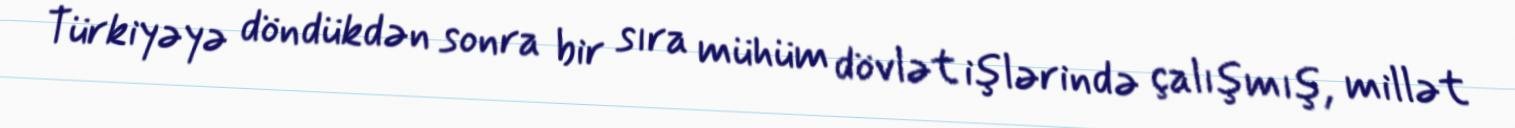
Türkiyəyə döndükdən sonra bir sıra mühüm dövlət işlərində çalışmış, millət